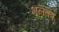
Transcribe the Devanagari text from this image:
भूलतंत्र